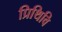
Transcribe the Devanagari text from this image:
प्रिथिवि